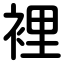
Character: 裡